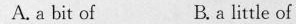
A. a bit of B. a little of